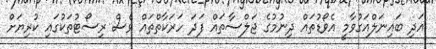
އަދި ބައިނަލްއަގުވާމީ އެވޯޑުތައް ދިނުމުގެ ޖަލްސާތައް ފަދަ ހަރަކާތްތައް ވެސް ރިސޯޓުތަކުގައި ކުރިޔަށް